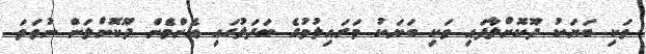
ވަކި ބަޔަކު ދޫކޮށްލާފައި ވަކި ބަޔަކު މަރައިލުމުގެ ބަދަލުގައި އެންމެން ދޫކޮށްލަން ނުވަތަ